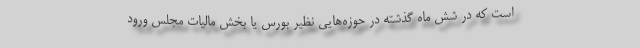
است که در شش ماه گذشته در حوزه‌هایی نظیر بورس یا بخش مالیات مجلس ورود